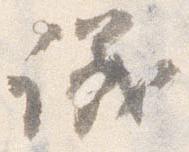
議